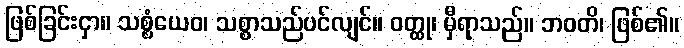
ဖြစ်ခြင်းငှာ။ သစ္စံယေဝ၊ သစ္စာသည်ပင်လျင်။ ဝတ္ထု၊ မှီရာသည်။ ဘဝတိ၊ ဖြစ်၏။